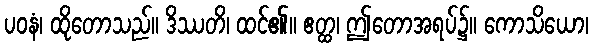
ပဝနံ၊ ထိုတောသည်။ ဒိဿတိ၊ ထင်၏။ ဧတ္ထ၊ ဤတောအရပ်၌။ ကောသိယော၊